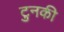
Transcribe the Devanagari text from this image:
टुनकी